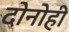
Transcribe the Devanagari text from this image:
दोनोही